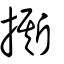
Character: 撕